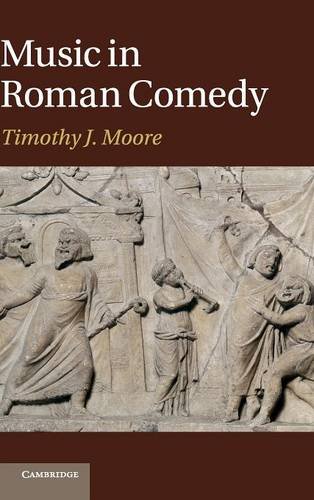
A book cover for Music in Roman Comedy; Professor Timothy J. Moore; Literature & Fiction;